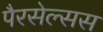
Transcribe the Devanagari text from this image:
पैरसेल्सस